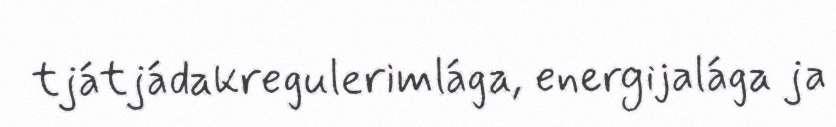
tjátjádakregulerimlága, energijalága ja